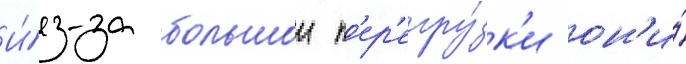
И́з-за большои п'ер'егру́зк'и он'и́